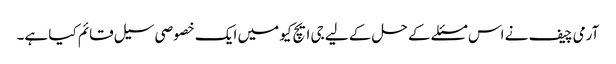
آرمی چیف نے اس مسئلے کے حل کے لیے جی ایچ کیو میں ایک خصوصی سیل قائم کیا ہے۔